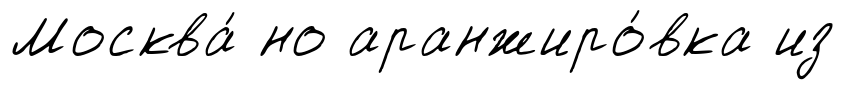
Москва́ но аранжиро́вка из